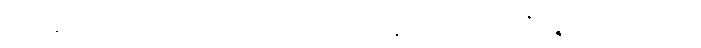
ဤနောက်ဝိကပ်၌။ ဝါ၊ ဗလ (ပေ ၆၈) ဝိသေသယောဂဒီပနတောဟူသော